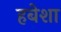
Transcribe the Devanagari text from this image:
हबेशा